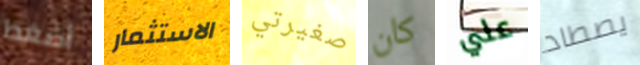
أضغط الاستثمار صغيرتي كان علي يصطاد